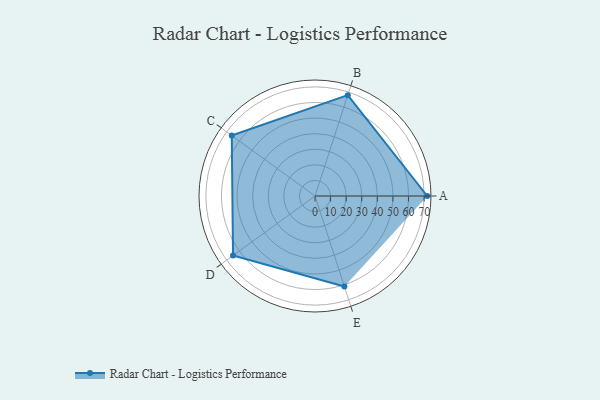
{"axis": {"x": "Skill", "y": "Score"}, "legend": ["Profile"], "data": [{"x": "A", "y": 72.0, "type": "Profile"}, {"x": "B", "y": 68.0, "type": "Profile"}, {"x": "C", "y": 66.0, "type": "Profile"}, {"x": "D", "y": 65.0, "type": "Profile"}, {"x": "E", "y": 61.0, "type": "Profile"}]}